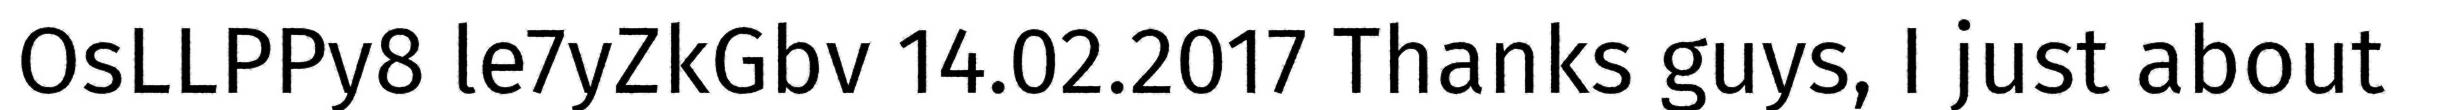
OsLLPPy8 le7yZkGbv 14.02.2017 Thanks guys, I just about